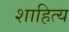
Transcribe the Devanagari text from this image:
शाहित्य